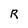
Character: R